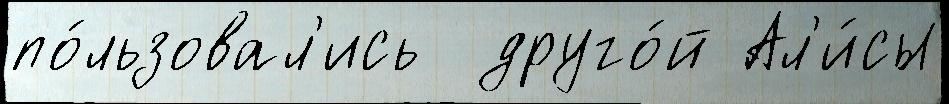
по́льзовал'ись  друго́й Ал'и́сы